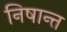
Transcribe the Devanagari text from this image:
निषान्त